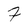
Character: 7